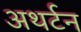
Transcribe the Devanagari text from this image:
अथर्टन